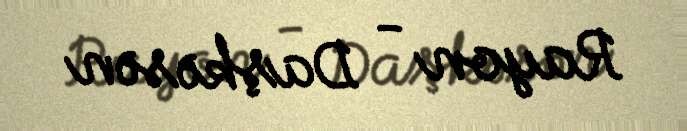
Rayon - Daşkəsən